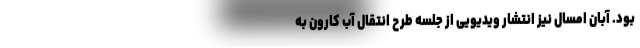
بود. آبان امسال نیز انتشار ویدیویی از جلسه طرح انتقال آب کارون به